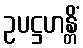
ဥပဋ္ဌဟန္တိံ